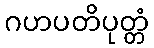
ဂဟပတိပုတ္တံ